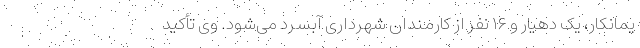
یمانکار، یک دهیار و ۱۶ نفر از کارمندان شهرداری آبسرد می‌شود. وی تأکید